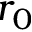
r _ { 0 }